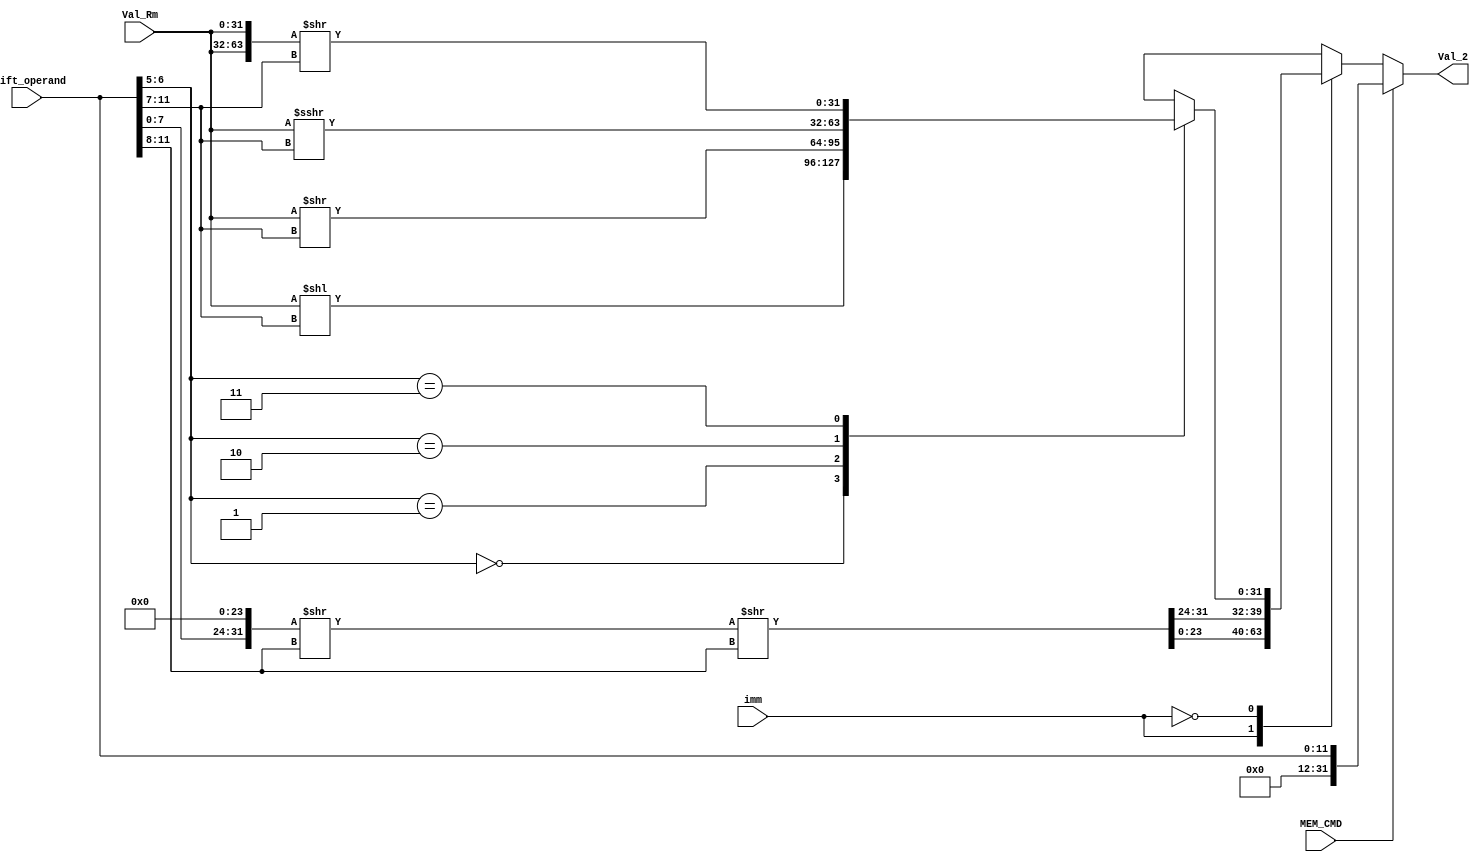
module Val2Generator(
    input MEM_CMD,imm,
    input [11:0]Shift_operand,
    input [31:0]Val_Rm,
    output reg[31:0]Val_2);

always@(Shift_operand, imm, Val_Rm, MEM_CMD)begin
    if(MEM_CMD==1'b1)
        Val_2 = Shift_operand;
    else begin
        case(imm)
            1'b1:begin
                Val_2 = {Shift_operand[7:0],24'd0}>>(Shift_operand[11:8]);
                Val_2 = Val_2>>(Shift_operand[11:8]);
                Val_2 = {Val_2[23:0],Val_2[31:24]};
            end
            1'b0:begin
                case(Shift_operand[6:5])
                    2'b00: Val_2 = Val_Rm<<Shift_operand[11:7];
                    2'b01: Val_2 = Val_Rm>>Shift_operand[11:7];
                    2'b10: Val_2 = Val_Rm>>>Shift_operand[11:7];
                    2'b11: Val_2 = {Val_Rm,Val_Rm}>>Shift_operand[11:7];
                endcase
            end

        endcase
    end
end

endmodule